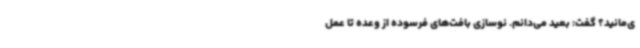
ی‌مانید؟ گفت: بعید می‌دانم. نوسازی بافت‌های فرسوده از وعده تا عمل